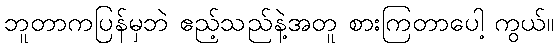
ဘူတာကပြန်မှဘဲ ဧည့်သည်နဲ့အတူ စားကြတာပေါ့ ကွယ်။